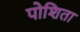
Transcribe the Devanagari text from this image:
पोशिता